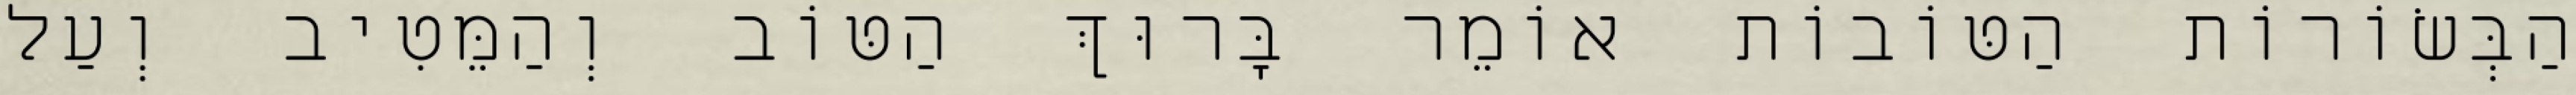
הַבְּשׂוֹרוֹת הַטּוֹבוֹת אוֹמֵר בָּרוּךְ הַטּוֹב וְהַמֵּטִיב וְעַל